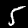
Digit: 5